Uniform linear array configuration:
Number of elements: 16
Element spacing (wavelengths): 0.75
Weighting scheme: hann
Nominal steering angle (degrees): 60
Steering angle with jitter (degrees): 59.936
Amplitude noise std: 0.05
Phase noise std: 0.05

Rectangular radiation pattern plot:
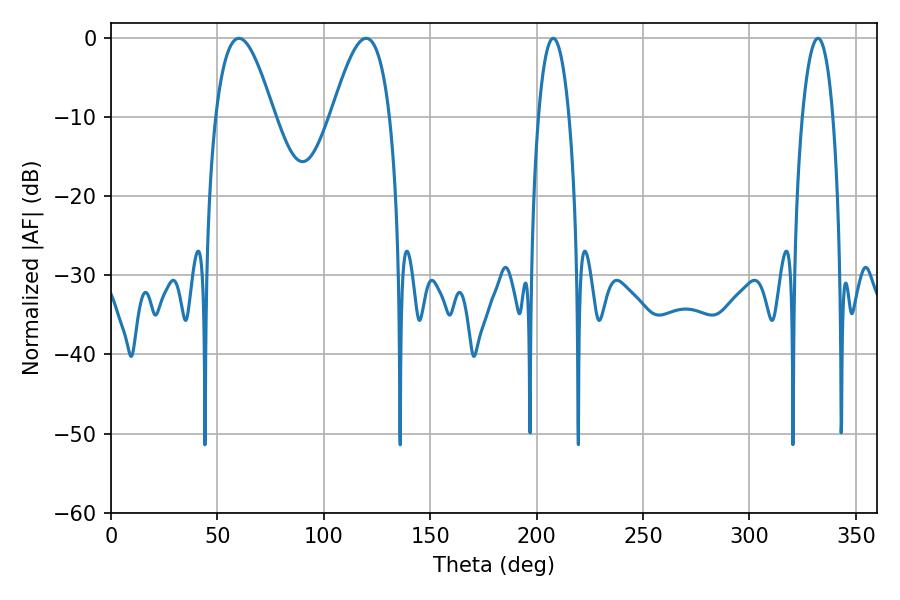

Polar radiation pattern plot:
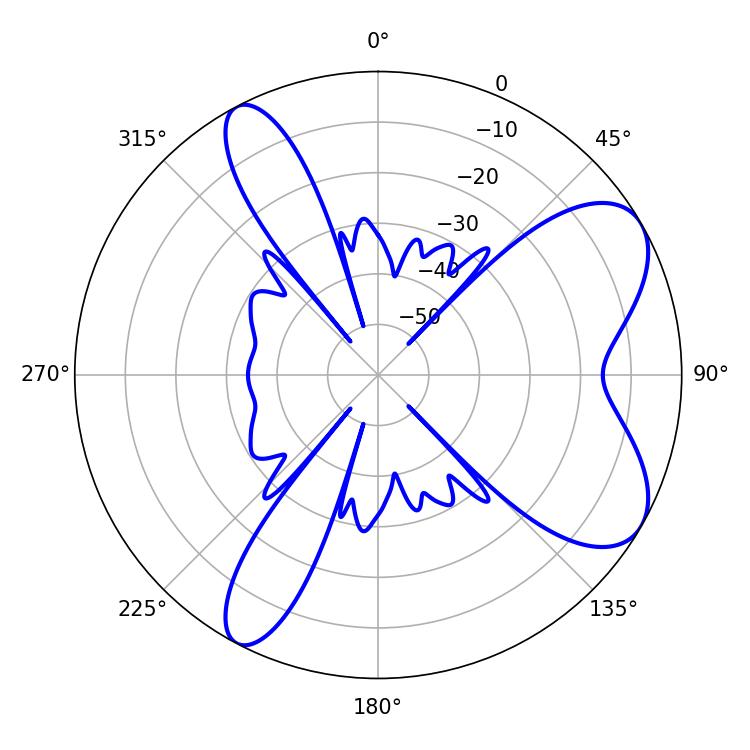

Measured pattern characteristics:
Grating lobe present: TRUE
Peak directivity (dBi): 7.397
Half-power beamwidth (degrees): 14.76
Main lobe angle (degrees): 60.12